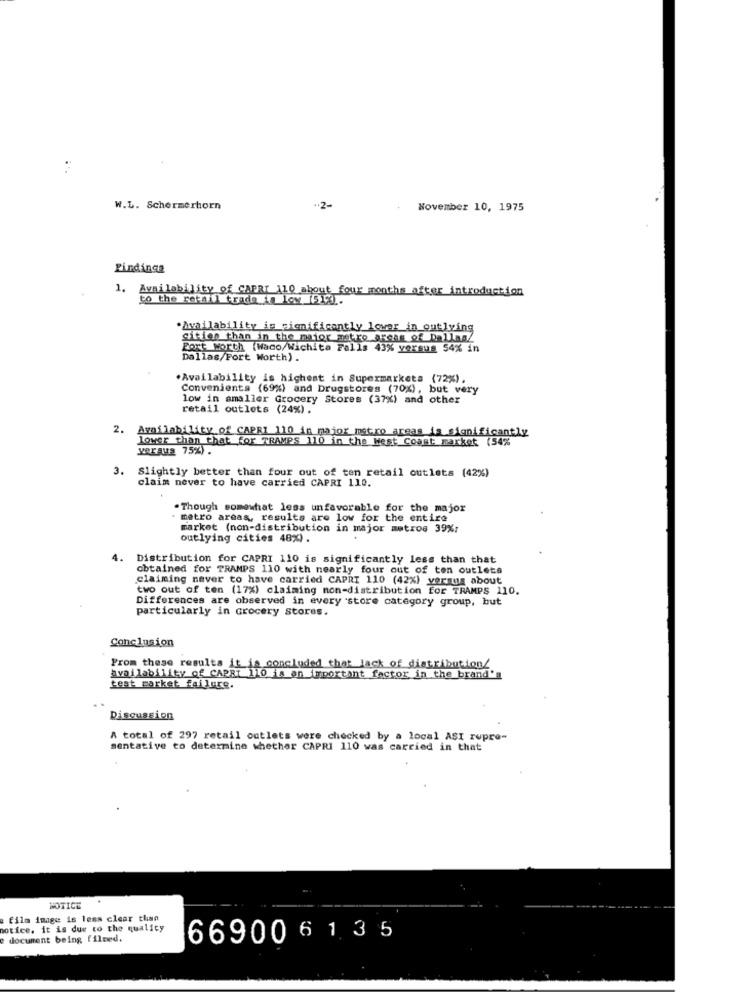
W.L. Schermerhorn
.. 2-
November 10, 1975
Findinga
1. Availability of CAPRI 110 about four months after introduction
to the retail trada is ley 513.
·Availability is significantly lower in outlying
ation than in the major metro areas of DallasZ
Fort worth (Waco/Wichita Falls 43% versus 54% in
Dallas/Fort Worth) .
.Availability is highest in Supermarketa (72%),
Convenients (69%) and Drugstores (70%), but very
low in smaller Grocery Stores (37%) and other
retail outlets (24%).
2. Availability of CAPRI 110 in major metro areas is significantly
lower than that for TRAMPS 110 in the West Coast market (54%
versus 75%) .
Slightly better than four out of ten retail outlets (42%)
claim never to have carried CAPRI 110.
. Though somewhat less unfavorable for the major
metro areas, results are low for the entire
market (non-distribution in major metros 39%:
outlying cities 48%).
4. Distribution for CAPRI 110 is significantly less than that
obtained for TRAMPS 110 with nearly four out of ton outlets
claiming never to have carried CAPRI 110 (42%) versus about
two out of ten (17%) claiming non-distribution for TRAMPS 110.
Differences are observed in every store category group, but
particularly in Grocery Stores.
Conclusion
From these results it is concluded that lack of distribution/
Availability of CAPRI 110 is an important factor in the brand's
test market. failure.
Discussion
A total of 297 retail outlets were checked by a local ASI rupre-
sentative to determine whether CAPRI 110 was carried in that
NOTICE
film image is less clear than
notice. it is due to the quality
e document being filmed.
66900 6 1 3 5